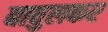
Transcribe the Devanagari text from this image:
बावुलकर